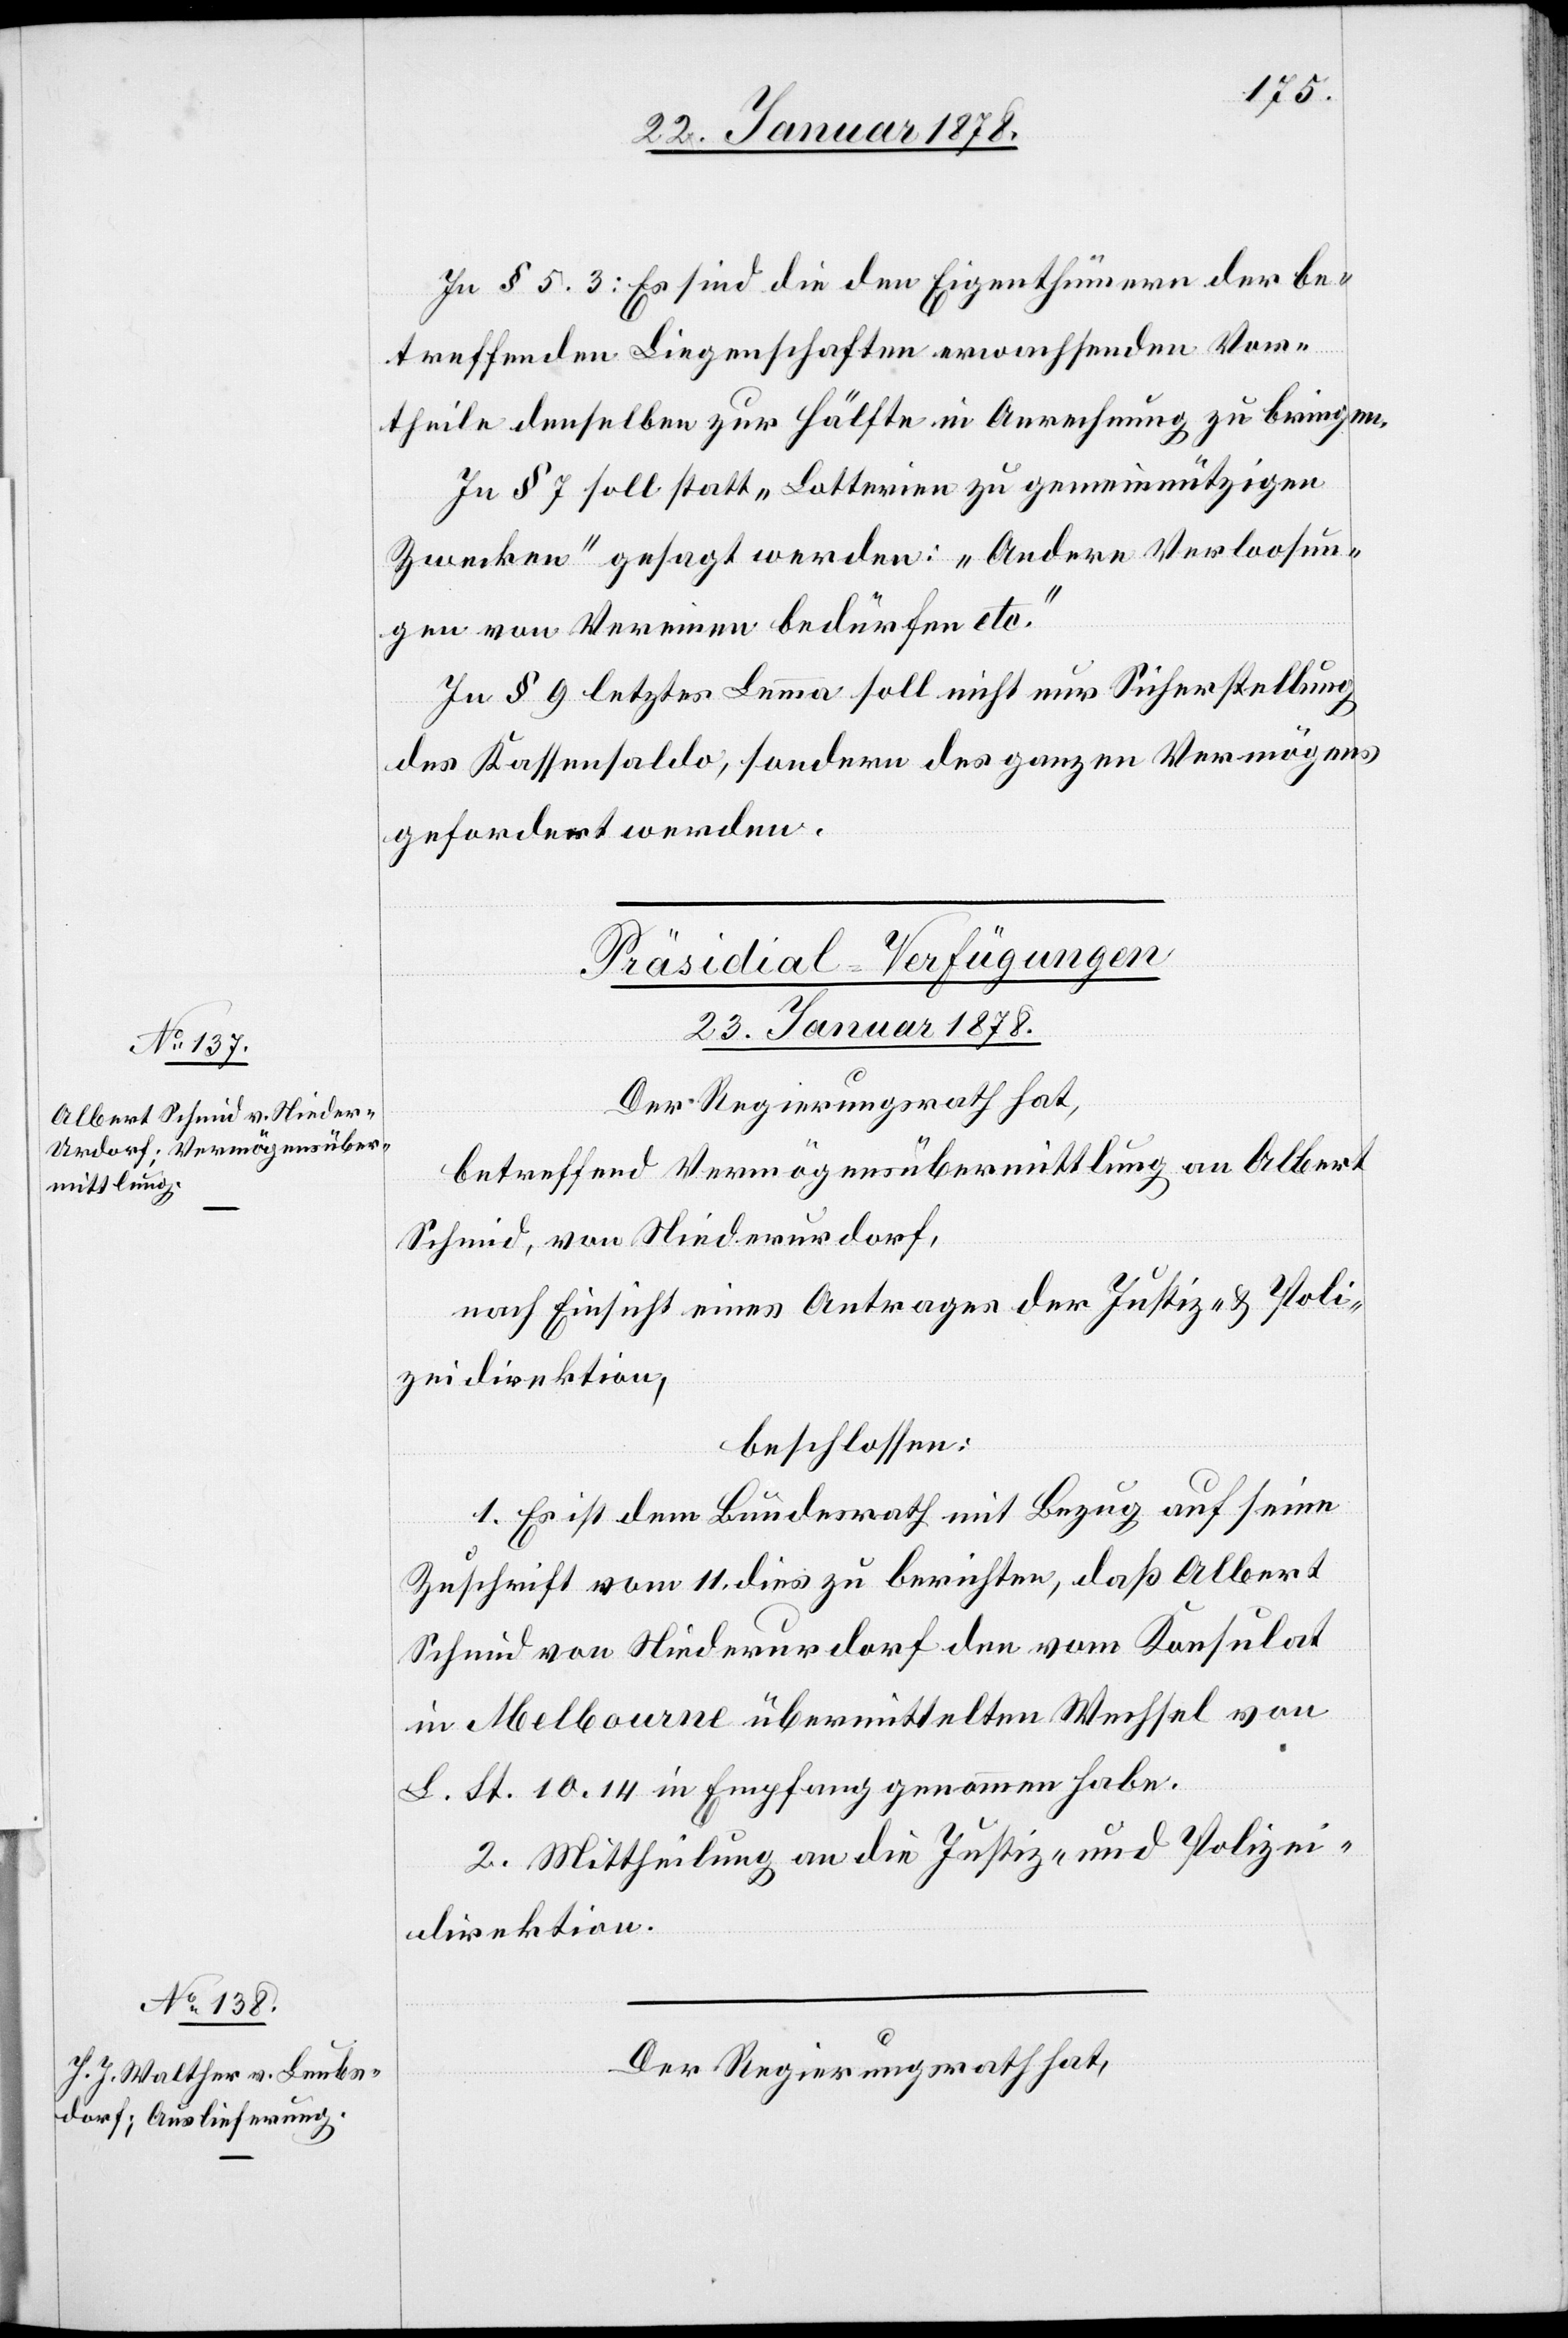
In § 5.3: Es sind die den Eigenthümern der be¬
treffenden Liegenschaften erwachsenden Vor¬
theile denselben zur Hälfte in Anrechnung zu bringen.
In § 7 soll statt „Lotterien zu gemeinnützigen
Zwecken“ gesagt werden: Andere Verloosun¬
gen von Vereinen bedürfen etc.“
In § 9 letztes Lemma soll nicht nur Sicherstellung
des Kassensaldo; sondern des ganzen Vermögens
gefordert werden.
[Präsidial-Verfügungen
23. Januar 1878.]
Der Regierungsrath hat,
betreffend Vermögensübermittlung an Albert
Schmid, von Niederurdorf,
nach Einsicht eines Antrages der Justiz- & Poli¬
zeidirektion,
beschlossen:
1. Es ist dem Bundesrath mit Bezug auf seine
Zuschrift vom 11. dies zu berichten, daß Albert
Schmid von Niederurdorf den vom Konsulat
in Melbourne übermittelten Wechsel von
L. St. 10.14 in Empfang genommen habe.
2. Mittheilung an die Justiz- und Polizei¬
direktion.